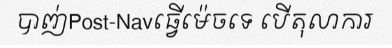
បាញ់Post-Navធ្វើម៉េចទេ បើតុលាការ